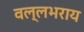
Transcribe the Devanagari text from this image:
वल्‍लभराय